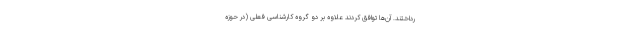
رداختند. آن‌ها توافق کردند علاوه بر دو گروه کارشناسی فعلی (در حوزه